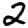
Digit: 2